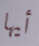
أيها